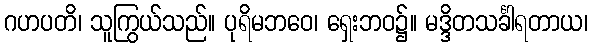
ဂဟပတိ၊ သူကြွယ်သည်။ ပုရိမဘဝေ၊ ရှေးဘဝ၌။ မဒ္ဒိတသင်္ခါရတာယ၊